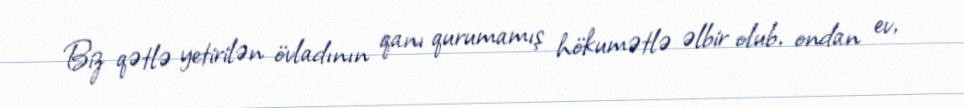
Biz qətlə yetirilən övladının qanı qurumamış hökumətlə əlbir olub, ondan ev,